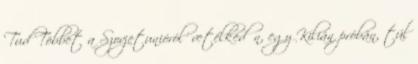
Tud Többet a Szovjetunióról’ vetélkedőn, egy Kilián próbán, túl